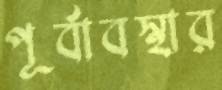
পূর্বাবস্থার